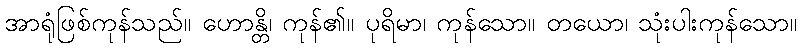
အာရုံဖြစ်ကုန်သည်။ ဟောန္တိ၊ ကုန်၏။ ပုရိမာ၊ ကုန်သော။ တယော၊ သုံးပါးကုန်သော။